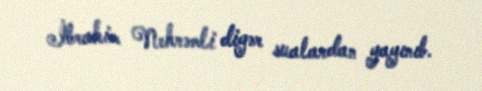
İbrahim Nehrəmli digər sualardan yayınıb.